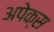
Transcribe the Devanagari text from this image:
अपेक्स